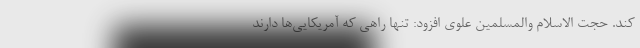
کند. حجت الاسلام والمسلمین علوی افزود: تنها راهی که آمریکایی‌ها دارند